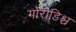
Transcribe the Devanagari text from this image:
गोरोडिश्च